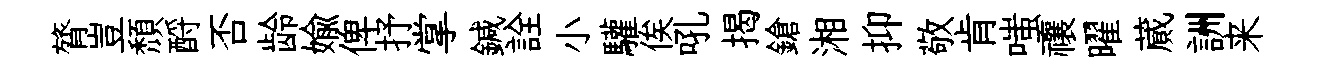
膂豈頹酹否龄媮俾抒掌鍼詮小驩俟吼揭鎗湘抑敬肯嗤禳曜蕆詶来